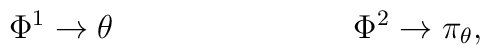
\Phi^1 \rightarrow \theta\hspace{1.2in} \Phi^2 \rightarrow \pi_{\theta},\nonumber